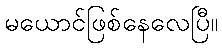
မယောင်ဖြစ်နေလေပြီ။